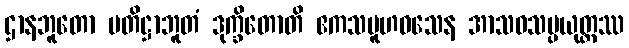
ဌာနဘူတော ပတိဋ္ဌာဘူတံ ဒုက္ခိတောတိ ဧကသမူဟဝသေန အာသဝသမ္ပယုတ္တဿ